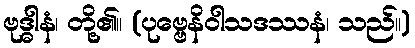
ဗုဒ္ဓါနံ၊ တို့၏။ (ပုဗ္ဗေနိဝါသဒဿနံ၊ သည်။)